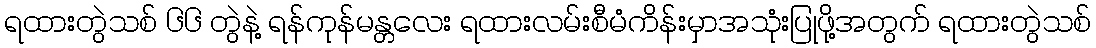
ရထားတွဲသစ် ၆၆ တွဲနဲ့ ရန်ကုန်မန္တလေး ရထားလမ်းစီမံကိန်းမှာအသုံးပြုဖို့အတွက် ရထားတွဲသစ်